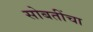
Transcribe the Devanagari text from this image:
सोबतींचा